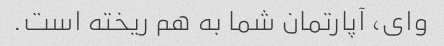
وای، آپارتمان شما به هم ریخته است.